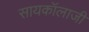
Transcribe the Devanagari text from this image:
सायकॉलाजी